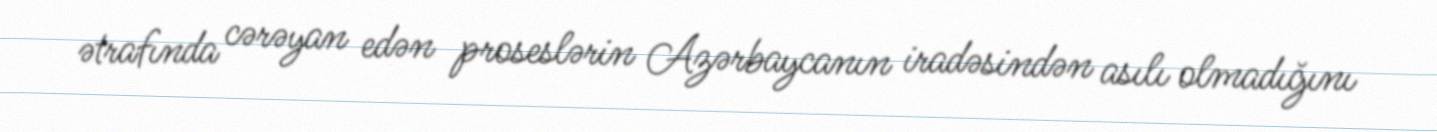
ətrafında cərəyan edən proseslərin Azərbaycanın iradəsindən asılı olmadığını